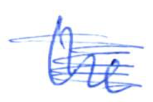
Text: the
Cross-out: scratch
Writing tool: ballpoint